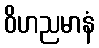
ဝိဟညမာနံ